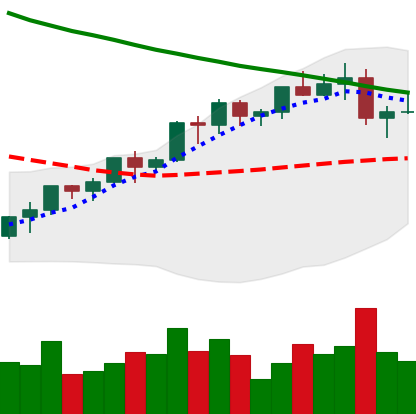
Ticker: LTC-USD
Chart end date: 2022-04-02
Forward return: -8.56%
Label: down_7plus